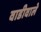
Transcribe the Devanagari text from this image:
वाडीवाले